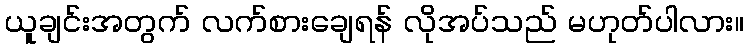
ယူချင်းအတွက် လက်စားချေရန် လိုအပ်သည် မဟုတ်ပါလား။